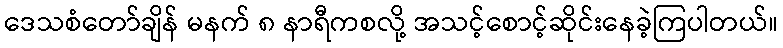
ဒေသစံတော်ချိန် မနက် ၈ နာရီကစလို့ အသင့်စောင့်ဆိုင်းနေခဲ့ကြပါတယ်။